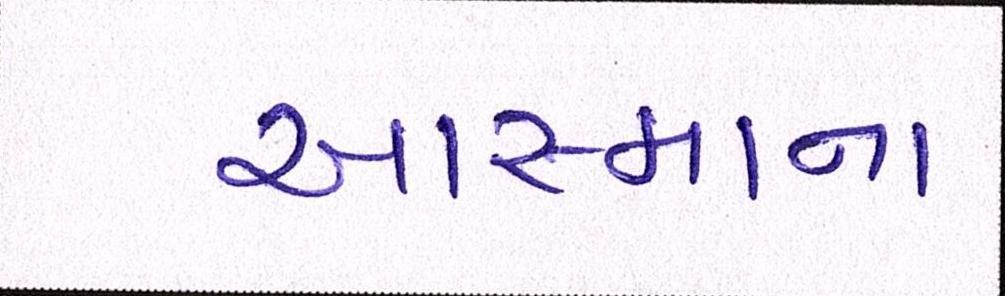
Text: આસ્માના